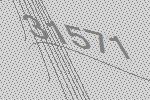
31571